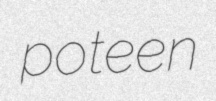
poteen